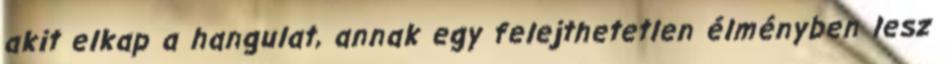
akit elkap a hangulat, annak egy felejthetetlen élményben lesz